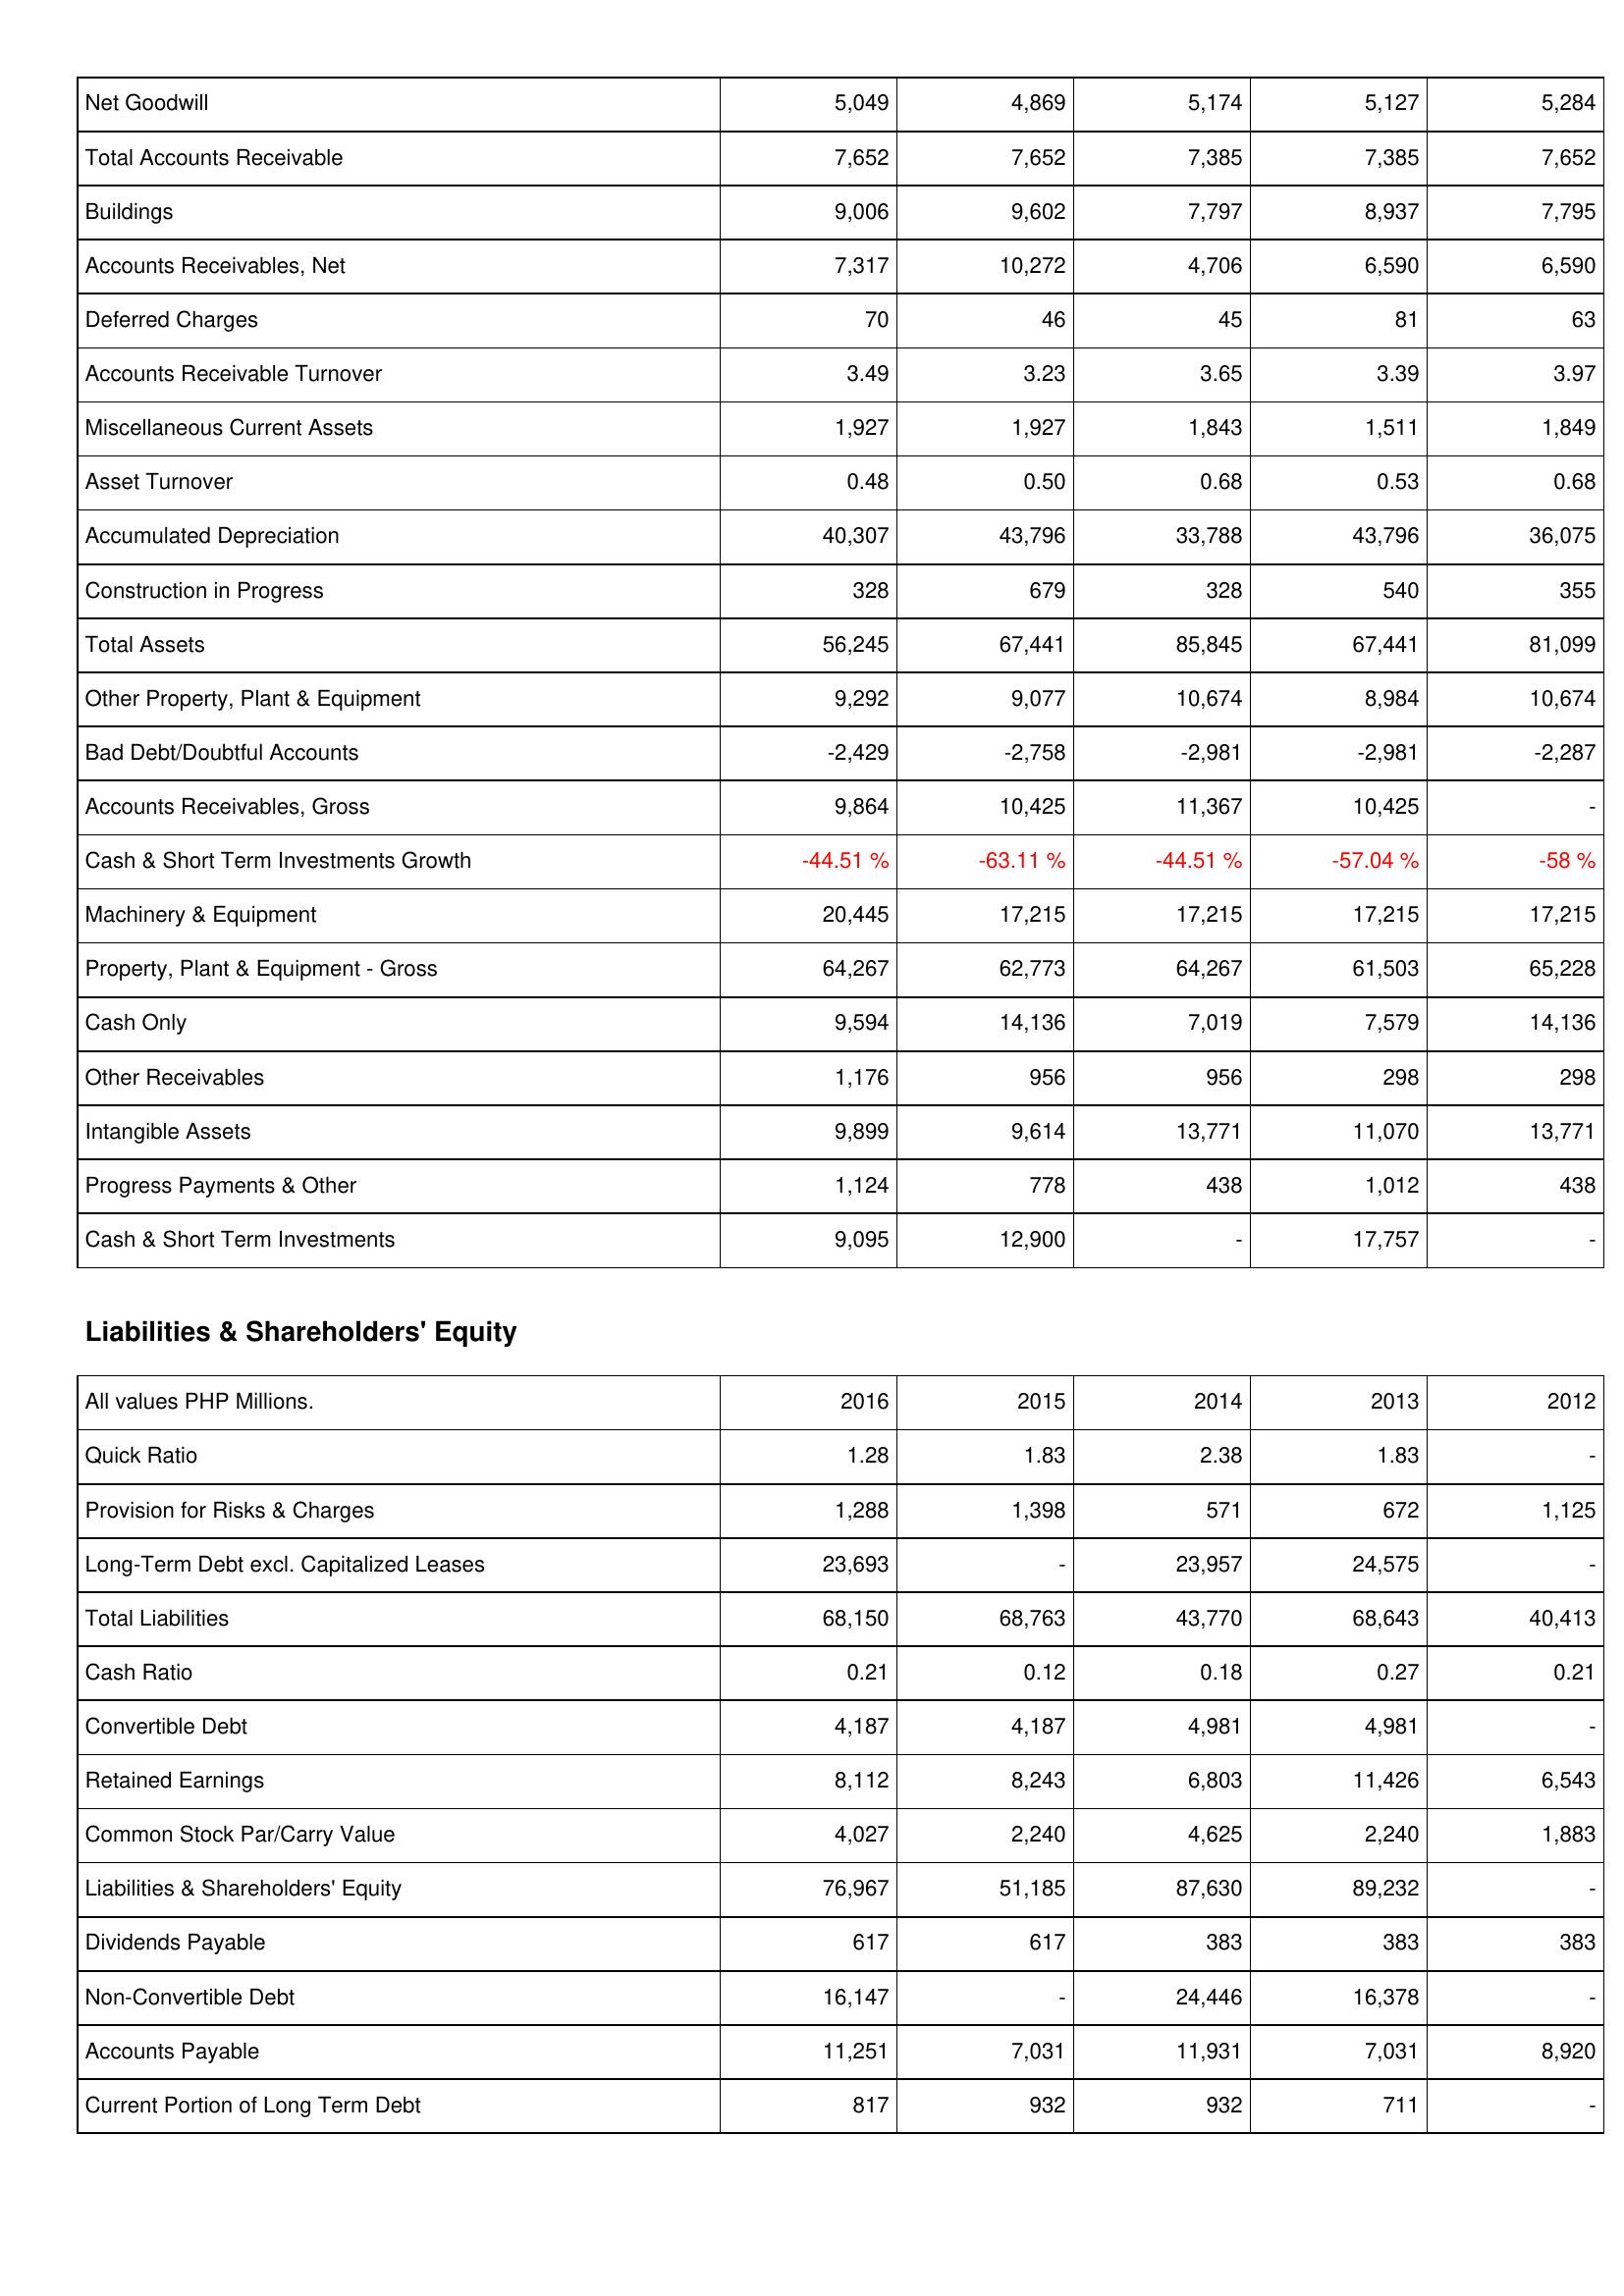
2016: Assets: Net Goodwill: 5,049
Total Accounts Receivable: 7,652
Buildings: 9,006
Accounts Receivables, Net: 7,317
Deferred Charges: 70
Accounts Receivable Turnover: 3.49
Miscellaneous Current Assets: 1,927
Asset Turnover: 0.48
Accumulated Depreciation: 40,307
Construction in Progress: 328
Total Assets: 56,245
Other Property, Plant & Equipment: 9,292
Bad Debt/Doubtful Accounts: -2,429
Accounts Receivables, Gross: 9,864
Cash & Short Term Investments Growth: -44.51 %
Machinery & Equipment: 20,445
Property, Plant & Equipment - Gross: 64,267
Cash Only: 9,594
Other Receivables: 1,176
Intangible Assets: 9,899
Progress Payments & Other: 1,124
Cash & Short Term Investments: 9,095
Liabilities & Shareholders' Equity: Quick Ratio: 1.28
Provision for Risks & Charges: 1,288
Long-Term Debt excl. Capitalized Leases: 23,693
Total Liabilities: 68,150
Cash Ratio: 0.21
Convertible Debt: 4,187
Retained Earnings: 8,112
Common Stock Par/Carry Value: 4,027
Liabilities & Shareholders' Equity: 76,967
Dividends Payable: 617
Non-Convertible Debt: 16,147
Accounts Payable: 11,251
Current Portion of Long Term Debt: 817
2015: Assets: Net Goodwill: 4,869
Total Accounts Receivable: 7,652
Buildings: 9,602
Accounts Receivables, Net: 10,272
Deferred Charges: 46
Accounts Receivable Turnover: 3.23
Miscellaneous Current Assets: 1,927
Asset Turnover: 0.50
Accumulated Depreciation: 43,796
Construction in Progress: 679
Total Assets: 67,441
Other Property, Plant & Equipment: 9,077
Bad Debt/Doubtful Accounts: -2,758
Accounts Receivables, Gross: 10,425
Cash & Short Term Investments Growth: -63.11 %
Machinery & Equipment: 17,215
Property, Plant & Equipment - Gross: 62,773
Cash Only: 14,136
Other Receivables: 956
Intangible Assets: 9,614
Progress Payments & Other: 778
Cash & Short Term Investments: 12,900
Liabilities & Shareholders' Equity: Quick Ratio: 1.83
Provision for Risks & Charges: 1,398
Long-Term Debt excl. Capitalized Leases: -
Total Liabilities: 68,763
Cash Ratio: 0.12
Convertible Debt: 4,187
Retained Earnings: 8,243
Common Stock Par/Carry Value: 2,240
Liabilities & Shareholders' Equity: 51,185
Dividends Payable: 617
Non-Convertible Debt: -
Accounts Payable: 7,031
Current Portion of Long Term Debt: 932
2014: Assets: Net Goodwill: 5,174
Total Accounts Receivable: 7,385
Buildings: 7,797
Accounts Receivables, Net: 4,706
Deferred Charges: 45
Accounts Receivable Turnover: 3.65
Miscellaneous Current Assets: 1,843
Asset Turnover: 0.68
Accumulated Depreciation: 33,788
Construction in Progress: 328
Total Assets: 85,845
Other Property, Plant & Equipment: 10,674
Bad Debt/Doubtful Accounts: -2,981
Accounts Receivables, Gross: 11,367
Cash & Short Term Investments Growth: -44.51 %
Machinery & Equipment: 17,215
Property, Plant & Equipment - Gross: 64,267
Cash Only: 7,019
Other Receivables: 956
Intangible Assets: 13,771
Progress Payments & Other: 438
Cash & Short Term Investments: -
Liabilities & Shareholders' Equity: Quick Ratio: 2.38
Provision for Risks & Charges: 571
Long-Term Debt excl. Capitalized Leases: 23,957
Total Liabilities: 43,770
Cash Ratio: 0.18
Convertible Debt: 4,981
Retained Earnings: 6,803
Common Stock Par/Carry Value: 4,625
Liabilities & Shareholders' Equity: 87,630
Dividends Payable: 383
Non-Convertible Debt: 24,446
Accounts Payable: 11,931
Current Portion of Long Term Debt: 932
2013: Assets: Net Goodwill: 5,127
Total Accounts Receivable: 7,385
Buildings: 8,937
Accounts Receivables, Net: 6,590
Deferred Charges: 81
Accounts Receivable Turnover: 3.39
Miscellaneous Current Assets: 1,511
Asset Turnover: 0.53
Accumulated Depreciation: 43,796
Construction in Progress: 540
Total Assets: 67,441
Other Property, Plant & Equipment: 8,984
Bad Debt/Doubtful Accounts: -2,981
Accounts Receivables, Gross: 10,425
Cash & Short Term Investments Growth: -57.04 %
Machinery & Equipment: 17,215
Property, Plant & Equipment - Gross: 61,503
Cash Only: 7,579
Other Receivables: 298
Intangible Assets: 11,070
Progress Payments & Other: 1,012
Cash & Short Term Investments: 17,757
Liabilities & Shareholders' Equity: Quick Ratio: 1.83
Provision for Risks & Charges: 672
Long-Term Debt excl. Capitalized Leases: 24,575
Total Liabilities: 68,643
Cash Ratio: 0.27
Convertible Debt: 4,981
Retained Earnings: 11,426
Common Stock Par/Carry Value: 2,240
Liabilities & Shareholders' Equity: 89,232
Dividends Payable: 383
Non-Convertible Debt: 16,378
Accounts Payable: 7,031
Current Portion of Long Term Debt: 711
2012: Assets: Net Goodwill: 5,284
Total Accounts Receivable: 7,652
Buildings: 7,795
Accounts Receivables, Net: 6,590
Deferred Charges: 63
Accounts Receivable Turnover: 3.97
Miscellaneous Current Assets: 1,849
Asset Turnover: 0.68
Accumulated Depreciation: 36,075
Construction in Progress: 355
Total Assets: 81,099
Other Property, Plant & Equipment: 10,674
Bad Debt/Doubtful Accounts: -2,287
Accounts Receivables, Gross: -
Cash & Short Term Investments Growth: -58 %
Machinery & Equipment: 17,215
Property, Plant & Equipment - Gross: 65,228
Cash Only: 14,136
Other Receivables: 298
Intangible Assets: 13,771
Progress Payments & Other: 438
Cash & Short Term Investments: -
Liabilities & Shareholders' Equity: Quick Ratio: -
Provision for Risks & Charges: 1,125
Long-Term Debt excl. Capitalized Leases: -
Total Liabilities: 40,413
Cash Ratio: 0.21
Convertible Debt: -
Retained Earnings: 6,543
Common Stock Par/Carry Value: 1,883
Liabilities & Shareholders' Equity: -
Dividends Payable: 383
Non-Convertible Debt: -
Accounts Payable: 8,920
Current Portion of Long Term Debt: -